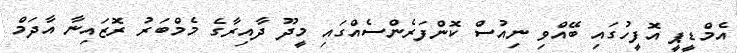
އެމްޑީޕީ އޮފީހުގައި ބޭއްވި ނިއުސް ކޮންފަރެންސެއްގައި މީދޫ ދާއިރާގެ މެމްބަރު ރޮޒައިނާ އާދަމް